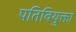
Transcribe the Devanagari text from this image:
पतिवियुक्ता